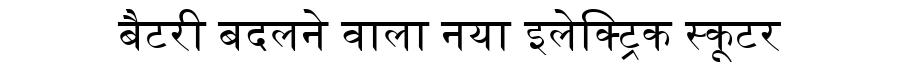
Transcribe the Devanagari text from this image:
बैटरी बदलने वाला नया इलेक्ट्रिक स्कूटर